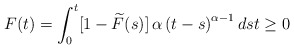
\begin{align*}F(t)=\int_{0}^{t}[1-\widetilde{F}(s)]\,\alpha\left( t-s\right) ^{\alpha-1}dst\geq0\end{align*}